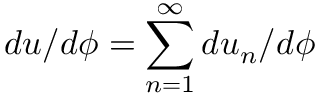
d u / d \phi = \sum _ { n = 1 } ^ { \infty } d u _ { n } / d \phi